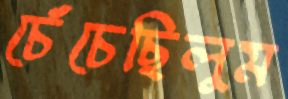
চেঁচেছিলুম